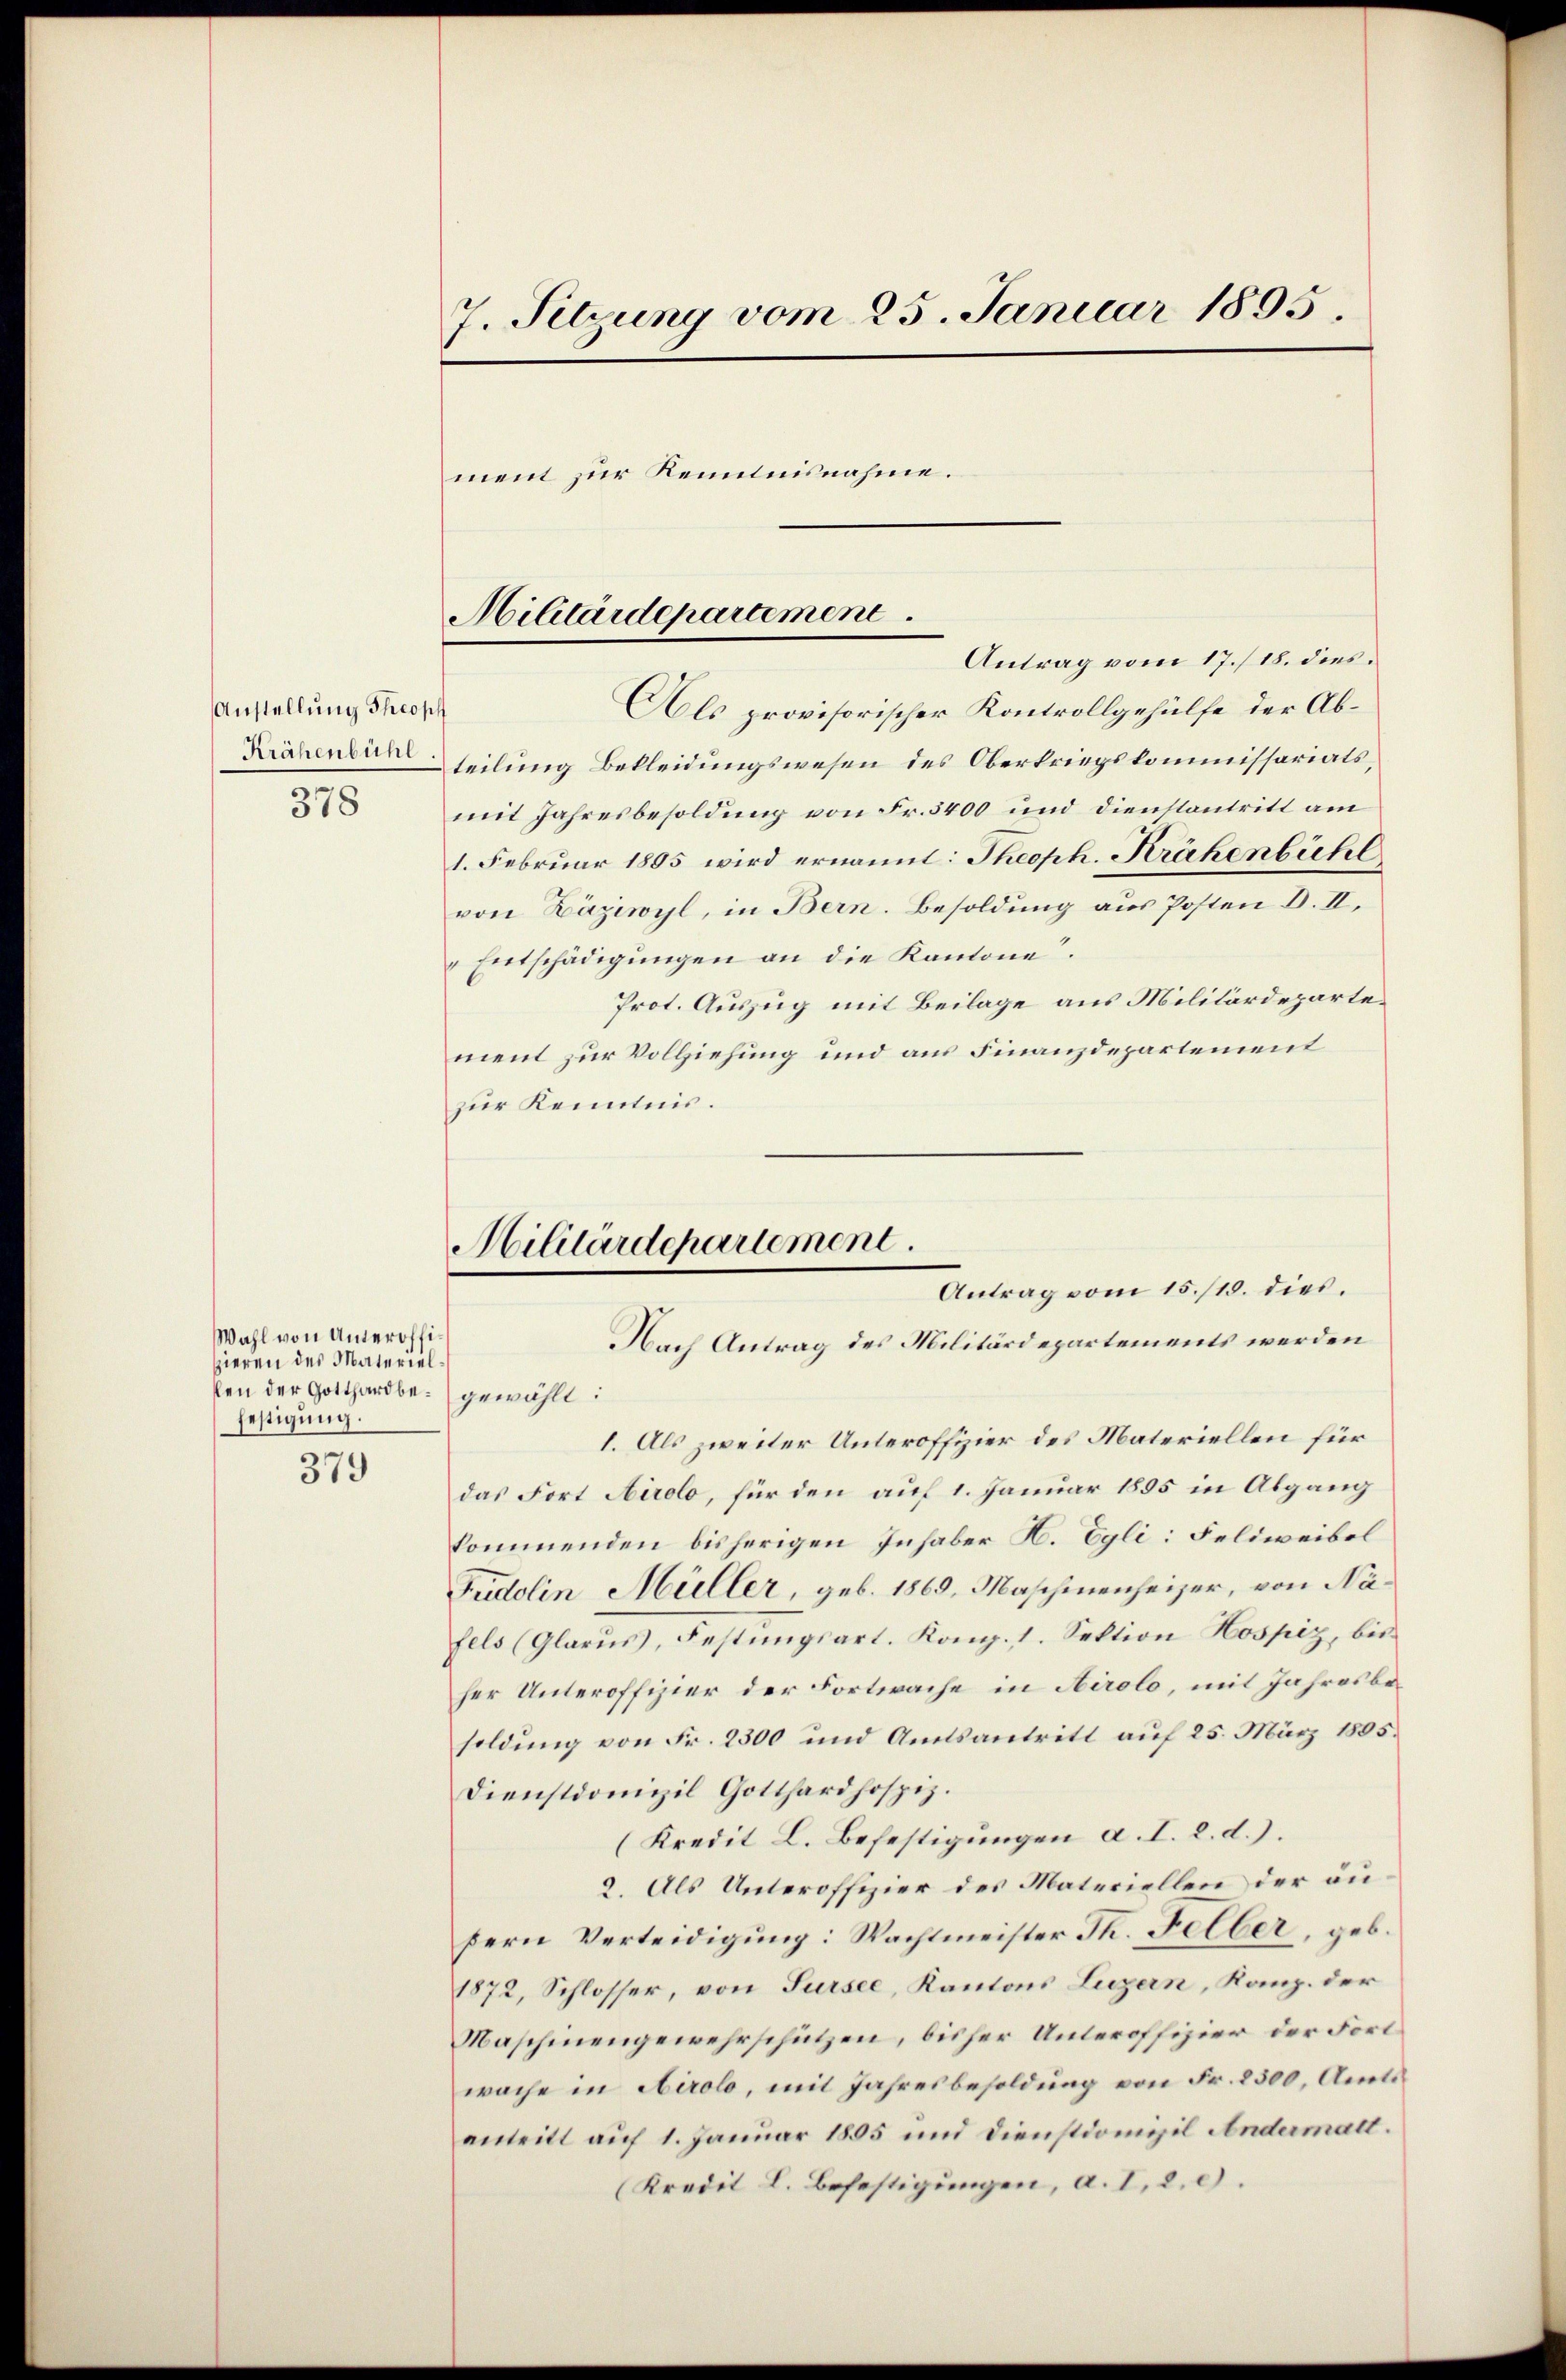
Anstellung Theopf
Krähenbühl.
378

Wahl von Unteroffizieren des Materiel
len der Gotthard befestigung.

379

7. Setzung vom 25. Januar 1895.
ment zur Kenntnisnahme.

Antrag vom 17./18. dies
Als provisorischer Kontrollgehülfe der Abteilung Bekleidungswesen des Oberkriegskommissariats,
mit Jahresbesoldung von Fr. 5400 und dienstantritt am
1. Februar 1885 wird ernannt: Theoph. Krähenbühl
von Däziwyl, in Bern. Besoldung aus Posten B. II.
Entschädigŭngen an die Kantone.
Prot. Auszug mit Beilage aus Militärdepartement zur Vollziehung und aus Finanzdepartement
zur Kenntnis.
NNach Antrag des Militärdepartements werden
gewählt:
1. Als zweiter Unteroffizier des Materiellen für
das Fort Airolo, für den auf 1. Januar 1895 in Abgang
kommenden bisherigen Inhaber H. Egli: Feldweibel
Fudolin Müller, geb. 1869, Maschinenheizer, von Nafels (Glarus, Festungsart. Komp. 1. Sektion Hospiz, bisher Unteroffizier der Fortwache in Airolo, mit Jahresbesoldung von Fr. 2300 und Amtsantritt auf 25. März 1885.
Dienstdomizil Gotthardhospiz.
(Kredit L. Befestigungen a. I. d. d.).
2. Als Unteroffizier des Materiellen der äupern Verteidigung: Wachtmeister Th. Felber, geb.
1872, Schlosser, von Sursee, Kantons Luzern, Kanz. der
Maschinengewehrschützen, bisher Unteroffizier der Fortwache in Airolo, mit Jahresbesoldung von Fr. 2500, Amtsantritt auf 1. Januar 1805 und Dienstdompil Andermatt.
(Kredit L. Befestigungen, a. I, 2. d.

Militärdepartement

Militärdepartement.
Antrag vom 15./10. dies.